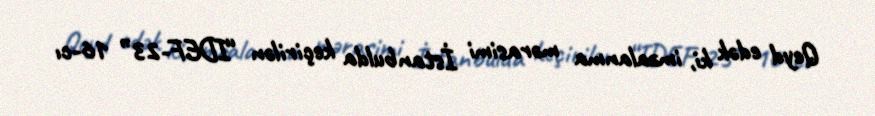
Qeyd edək ki, imzalanma mərasimi İstanbulda keçirilən “IDEF-23” 16-cı